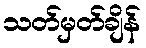
သတ်မှတ်ချိန်